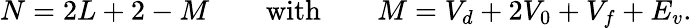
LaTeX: N=2L+2-M\qquad\mathrm{with}\qquad M=V_{d}+2V_{0}+V_{f}+E_{v}.